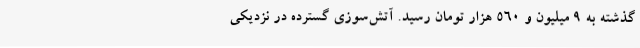
گذشته به ۹ میلیون و ۵۶۰ هزار تومان رسید. ‌آتش‌سوزی گسترده در نزدیکی